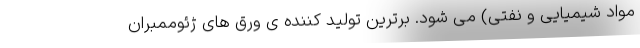
مواد شیمیایی و نفتی) می شود. برترین تولید کننده ی ورق های ژئوممبران